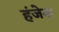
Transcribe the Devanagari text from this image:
हंजेस